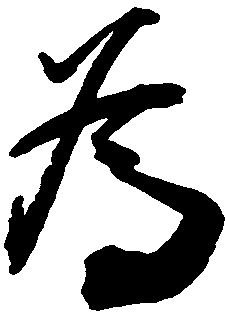
為